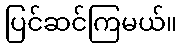
ပြင်ဆင်ကြမယ်။